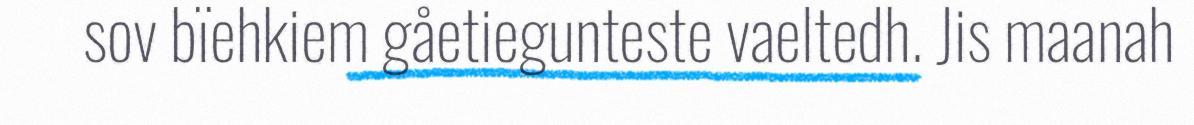
sov bïehkiem gåetiegunteste vaeltedh. Jis maanah